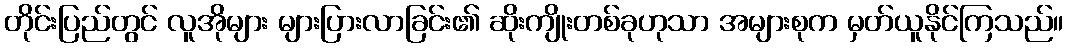
တိုင်းပြည်တွင် လူအိုများ များပြားလာခြင်း၏ ဆိုးကျိုးတစ်ခုဟုသာ အများစုက မှတ်ယူနိုင်ကြသည်။